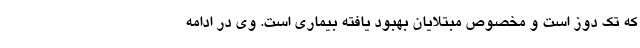
که تک دوز است و مخصوص مبتلایان بهبود یافته بیماری است. وی در ادامه